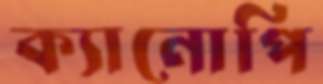
ক্যানোপি